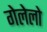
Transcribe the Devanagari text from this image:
गेलेलो